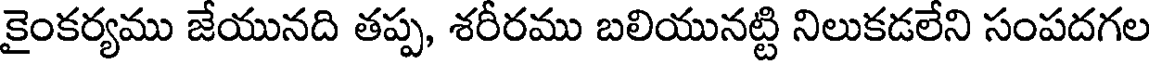
కైంకర్యము జేయునది తప్ప, శరీరము బలియునట్టి నిలుకడలేని సంపదగల